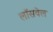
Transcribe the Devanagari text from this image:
लॉसवेल